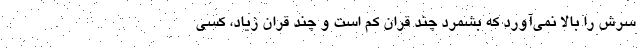
سرش را بالا نمي‌آورد كه بشمرد چند قران كم است و چند قران زياد، كسي